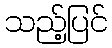
သည့်ပြင်